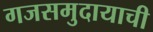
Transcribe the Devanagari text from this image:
गजसमुदायाची